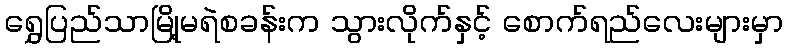
ရွှေပြည်သာမြို့မရဲစခန်းက သွားလိုက်နှင့် စောက်ရည်လေးများမှာ